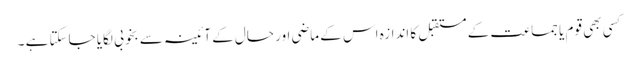
کسی بھی قوم یا جماعت کے مستقبل کا اندازہ اس کے ماضی اور حال کے آئینہ سے بخوبی لگایا جاسکتا ہے ۔